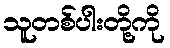
သူတစ်ပါးတို့ကို